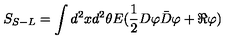
S _ { S - L } = \int d ^ { 2 } x d ^ { 2 } \theta E ( \frac { 1 } { 2 } D \varphi \bar { D } \varphi + \Re \varphi )